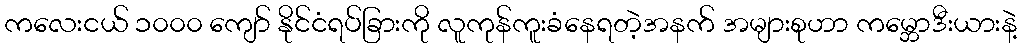
ကလေးငယ် ၁၀၀၀ ကျော် နိုင်ငံရပ်ခြားကို လူကုန်ကူးခံနေရတဲ့အနက် အများစုဟာ ကမ္ဘောဒီးယားနဲ့